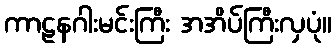
ကာဠနဂါးမင်းကြီး အအိပ်ကြီးလှပုံ။